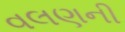
વલણની